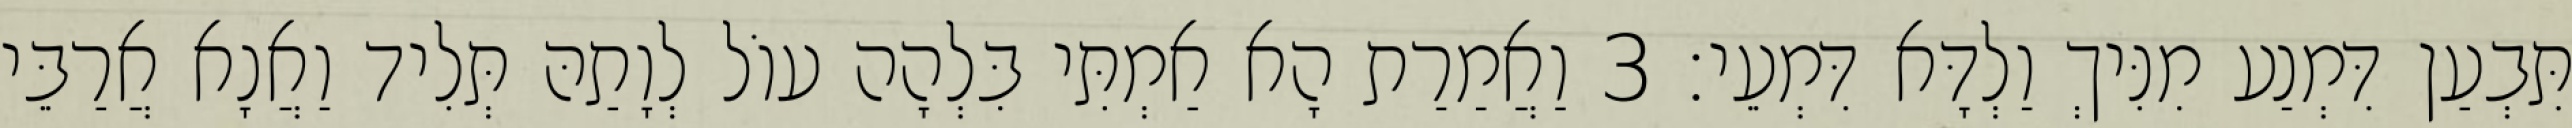
תִּבְעַן דִּמְנַע מִנִּיךְ וַלְדָּא דִּמְעֵי׃ 3 וַאֲמַרַת הָא אַמְתִּי בִּלְהָה עוֹל לְוָתַהּ תְּלִיד וַאֲנָא אֲרַבֵּי